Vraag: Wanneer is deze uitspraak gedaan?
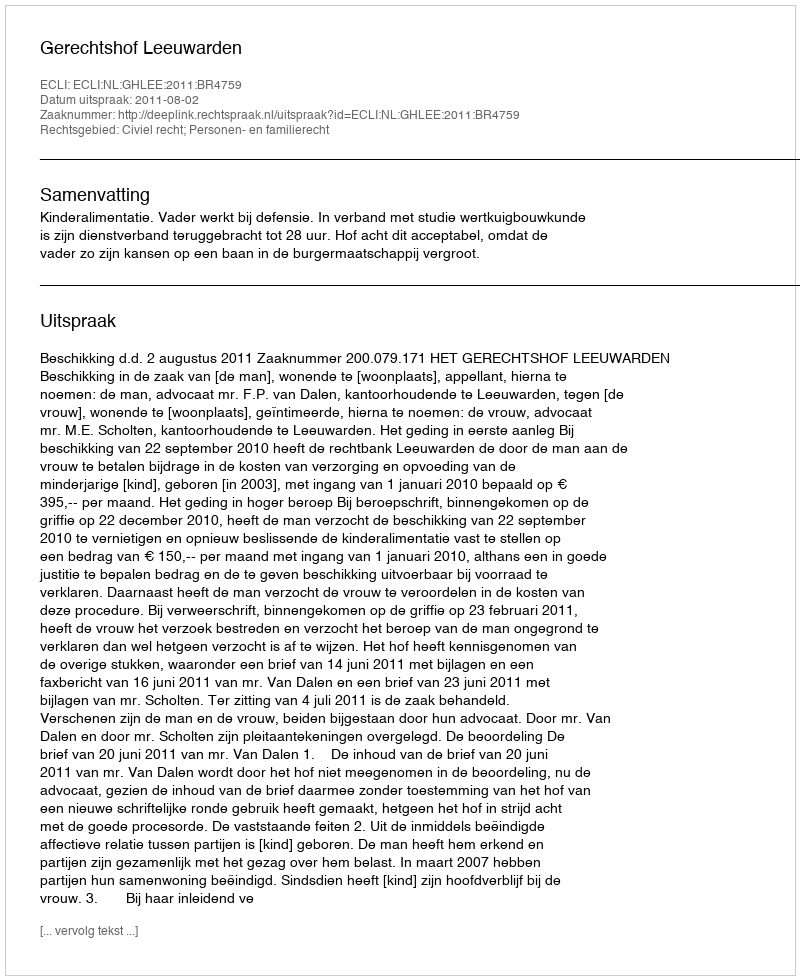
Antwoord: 2011-08-02